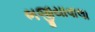
ભજીયાવાલા